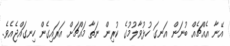
އޭނާ އެއްޗެއް ބުނަން އަނގަ ހުޅުވާލުމުގެ ކުރިން ނަތާ މައްޗަށް އަރައިގެން ހިނގައްޖެއެވެ.